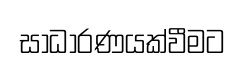
සාධාරණයක්වීමට